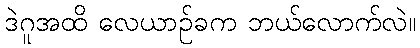
ဒဲဂူအထိ လေယာဉ်ခက ဘယ်လောက်လဲ။